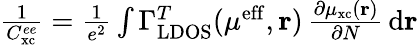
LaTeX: \begin{array}{r}{\frac{1}{C_{\mathrm{xc}}^{ee}}=\frac{1}{e^{2}}\int\Gamma_{\mathrm{LDOS}}^{T}(\mu^{\mathrm{eff}},\mathbf{r})\, \frac{\partial\mu_{\mathrm{xc}}(\mathbf{r})}{\partial N}\, \mathrm{d}\mathbf{r}}\end{array}